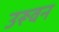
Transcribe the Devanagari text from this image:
उरूवन